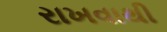
રાખવાથી